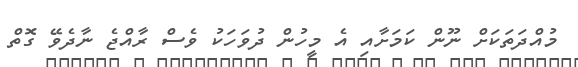
މުއްދަތަކަށް ނޫން ކަމަށާއި އެ މީހުން ދުވަހަކު ވެސް ރާއްޖެ ނާދެވޭ ގޮތް